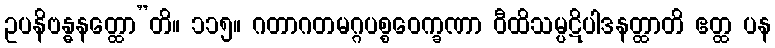
ဥပနိဗန္ဓနတ္ထော”တိ။ ၁၁၅။ ဂတာဂတမဂ္ဂပစ္စဝေက္ခဏာ ဝီထိသမ္ပဋိပါဒနတ္ထာတိ ဧတ္ထ ပန